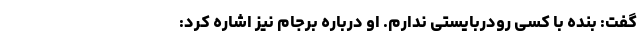
گفت: بنده با کسی رودربایستی ندارم. او درباره برجام نیز اشاره کرد: